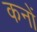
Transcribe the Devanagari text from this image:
कनों